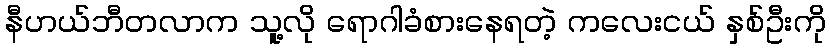
နီဟယ်ဘီတလာက သူ့လို ရောဂါခံစားနေရတဲ့ ကလေးငယ် နှစ်ဦးကို